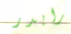
رايدر